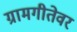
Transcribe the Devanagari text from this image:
ग्रामगीतेवर